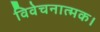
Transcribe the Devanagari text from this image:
विवेचनात्मक।